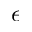
\epsilon